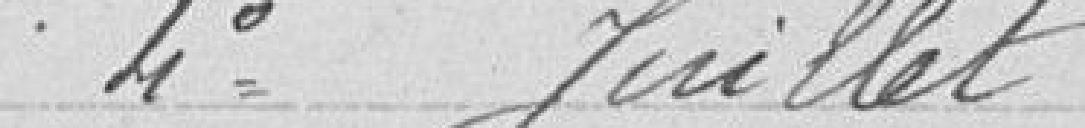
4° Juillet